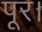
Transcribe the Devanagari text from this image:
पूर।